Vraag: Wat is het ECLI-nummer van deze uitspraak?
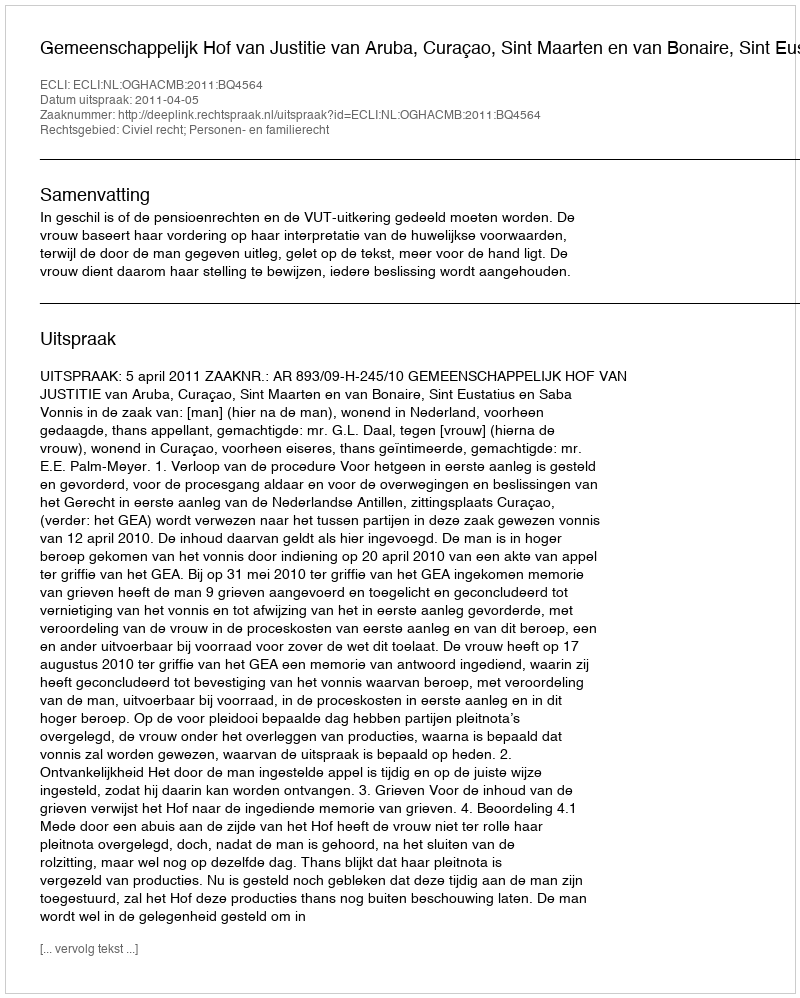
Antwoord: ECLI:NL:OGHACMB:2011:BQ4564